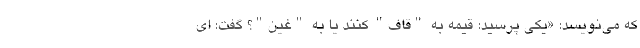
که می‌نویسد: «یکی پرسید: قیمه به "قاف" کنند یا به "غین"؟ گفت: ای